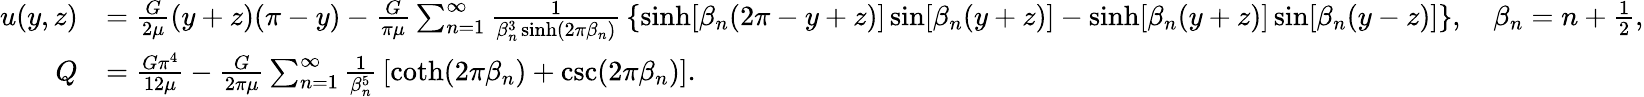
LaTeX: {\begin{array}{rl}{u(y,z)}&{={\frac{G}{2\mu}}(y+z)(\pi-y)-{\frac{G}{\pi\mu}}\sum_{n=1}^{\infty}{\frac{1}{\beta_{n}^{3}\sinh(2\pi\beta_{n})}}\left\{ \sinh[\beta_{n}(2\pi-y+z)]\sin[\beta_{n}(y+z)]-\sinh[\beta_{n}(y+z)]\sin[\beta_{n}(y-z)]\right\} ,\quad\beta_{n}=n+{\frac{1}{2}},}\\ {Q}&{={\frac{G\pi^{4}}{12\mu}}-{\frac{G}{2\pi\mu}}\sum_{n=1}^{\infty}{\frac{1}{\beta_{n}^{5}}}\left[\coth(2\pi\beta_{n})+\csc(2\pi\beta_{n})\right].}\end{array}}